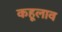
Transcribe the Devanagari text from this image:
कहूलाव